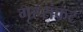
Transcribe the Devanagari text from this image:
गृहसंकट